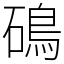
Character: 䲽